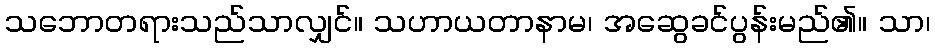
သဘောတရားသည်သာလျှင်။ သဟာယတာနာမ၊ အဆွေခင်ပွန်းမည်၏။ သာ၊